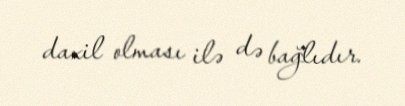
daxil olması ilə də bağlıdır.